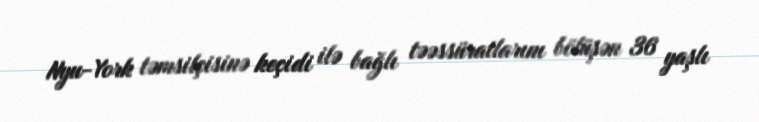
Nyu-York təmsilçisinə keçidi ilə bağlı təəssüratlarını bölüşən 36 yaşlı